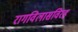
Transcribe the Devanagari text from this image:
रागविलासविरह